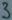
Text: 3